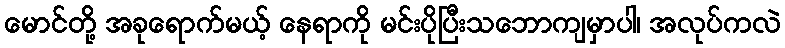
မောင်တို့ အခုရောက်မယ့် နေရာကို မင်းပိုပြီးသဘောကျမှာပါ၊ အလုပ်ကလဲ